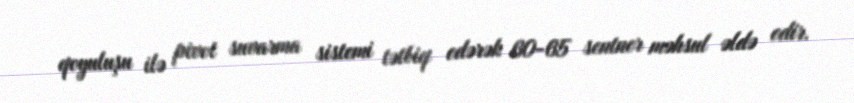
qoyuluşu ilə pivot suvarma sistemi tətbiq edərək 60-65 sentner məhsul əldə edir.